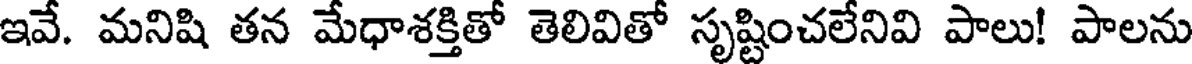
ఇవే. మనిషి తన మేధాశక్తితో తెలివితో సృష్టించలేనివి పాలు! పాలను